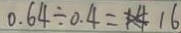
0 . 6 4 \div 0 . 4 = 1 6